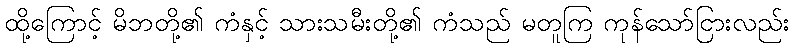
ထို့ကြောင့် မိဘတို့၏ ကံနှင့် သားသမီးတို့၏ ကံသည် မတူကြ ကုန်သော်ငြားလည်း